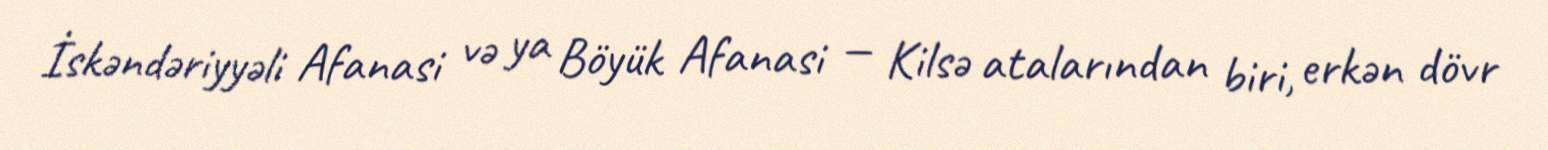
İskəndəriyyəli Afanasi və ya Böyük Afanasi — Kilsə atalarından biri, erkən dövr